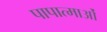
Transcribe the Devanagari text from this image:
पापात्माओं